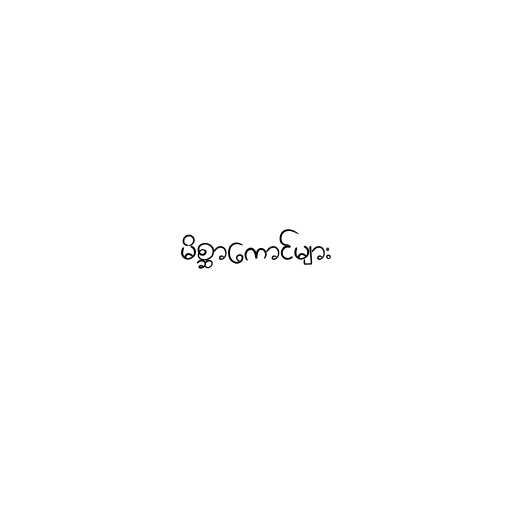
မိစ္ဆာကောင်များ